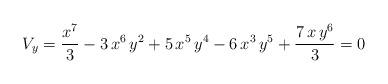
LaTeX: \begin{align*}V_y = {{{x^7}}\over 3} - 3\,{x^6}\,{y^2} + 5\,{x^5}\,{y^4} - 6\,{x^3}\,{y^5} + {{7\,x\,{y^6}}\over 3} = 0\end{align*}